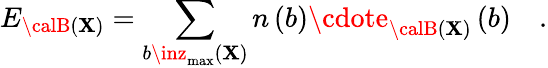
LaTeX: E_{{\calB}\left(\mathbf{X}\right)}=\sum_{b\inz_{\operatorname*{max}}\left(\mathbf{X}\right)}n\left(b\right)\cdote_{{\calB}\left(\mathbf{X}\right)}\left(b\right)\quad.